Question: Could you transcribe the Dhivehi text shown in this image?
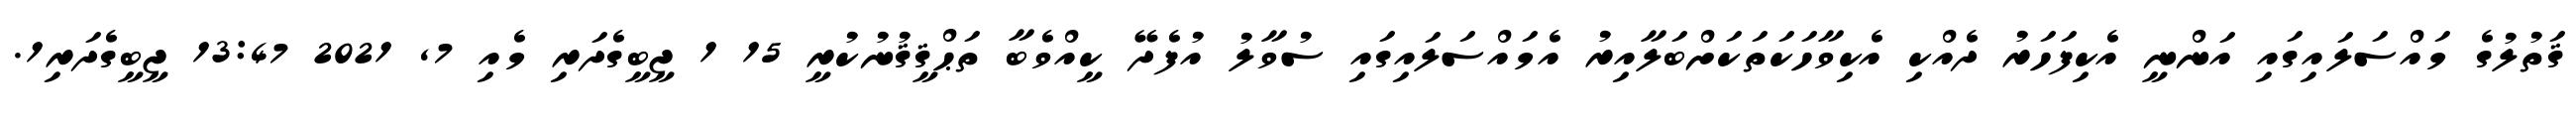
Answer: ޤަތުލުގެ މައްސަލައިގައި އަންނީ އެކިފަހަރު ދެއްކި އެކިވާހަކަތަކަށްބަލާއިރު އެމައްސަލައިގައި ސުވާލު އުފެދޭ ކީއްވެބާ ތަޙްޤީޤުނުކުރީ 15 1 ޖީބީގެދަރި މެއި 7, 2021 13:47 ޖީބީގެދަރި1.